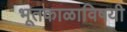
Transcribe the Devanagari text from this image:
भूतकाळाविषयी